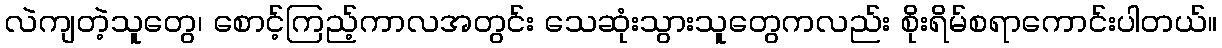
လဲကျတဲ့သူတွေ၊ စောင့်ကြည့်ကာလအတွင်း သေဆုံးသွားသူတွေကလည်း စိုးရိမ်စရာကောင်းပါတယ်။